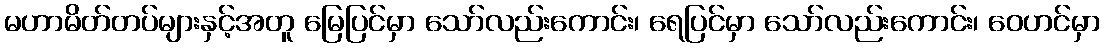
မဟာမိတ်တပ်များနှင့်အတူ မြေပြင်မှာ သော်လည်းကောင်း၊ ရေပြင်မှာ သော်လည်းကောင်း၊ ဝေဟင်မှာ